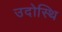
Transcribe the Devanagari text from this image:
उदोस्थि